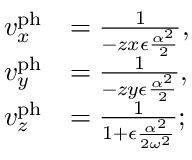
\begin{array} { r l } { v _ { x } ^ { \mathrm { p h } } } & { = \frac { 1 } { - z x \epsilon \frac { \alpha ^ { 2 } } { 2 } } , } \\ { v _ { y } ^ { \mathrm { p h } } } & { = \frac { 1 } { - z y \epsilon \frac { \alpha ^ { 2 } } { 2 } } , } \\ { v _ { z } ^ { \mathrm { p h } } } & { = \frac { 1 } { 1 + \epsilon \frac { \alpha ^ { 2 } } { 2 \omega ^ { 2 } } } ; } \end{array}